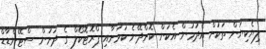
ލިޔެކިޔުން ތަކަށް އެދުމުން އެކަން ކޮށްދޭނެ ކަމަށާއި ޕްރޮޓޮކޯލް ގެ ދަށުން ސްޓޭންޑާޑް